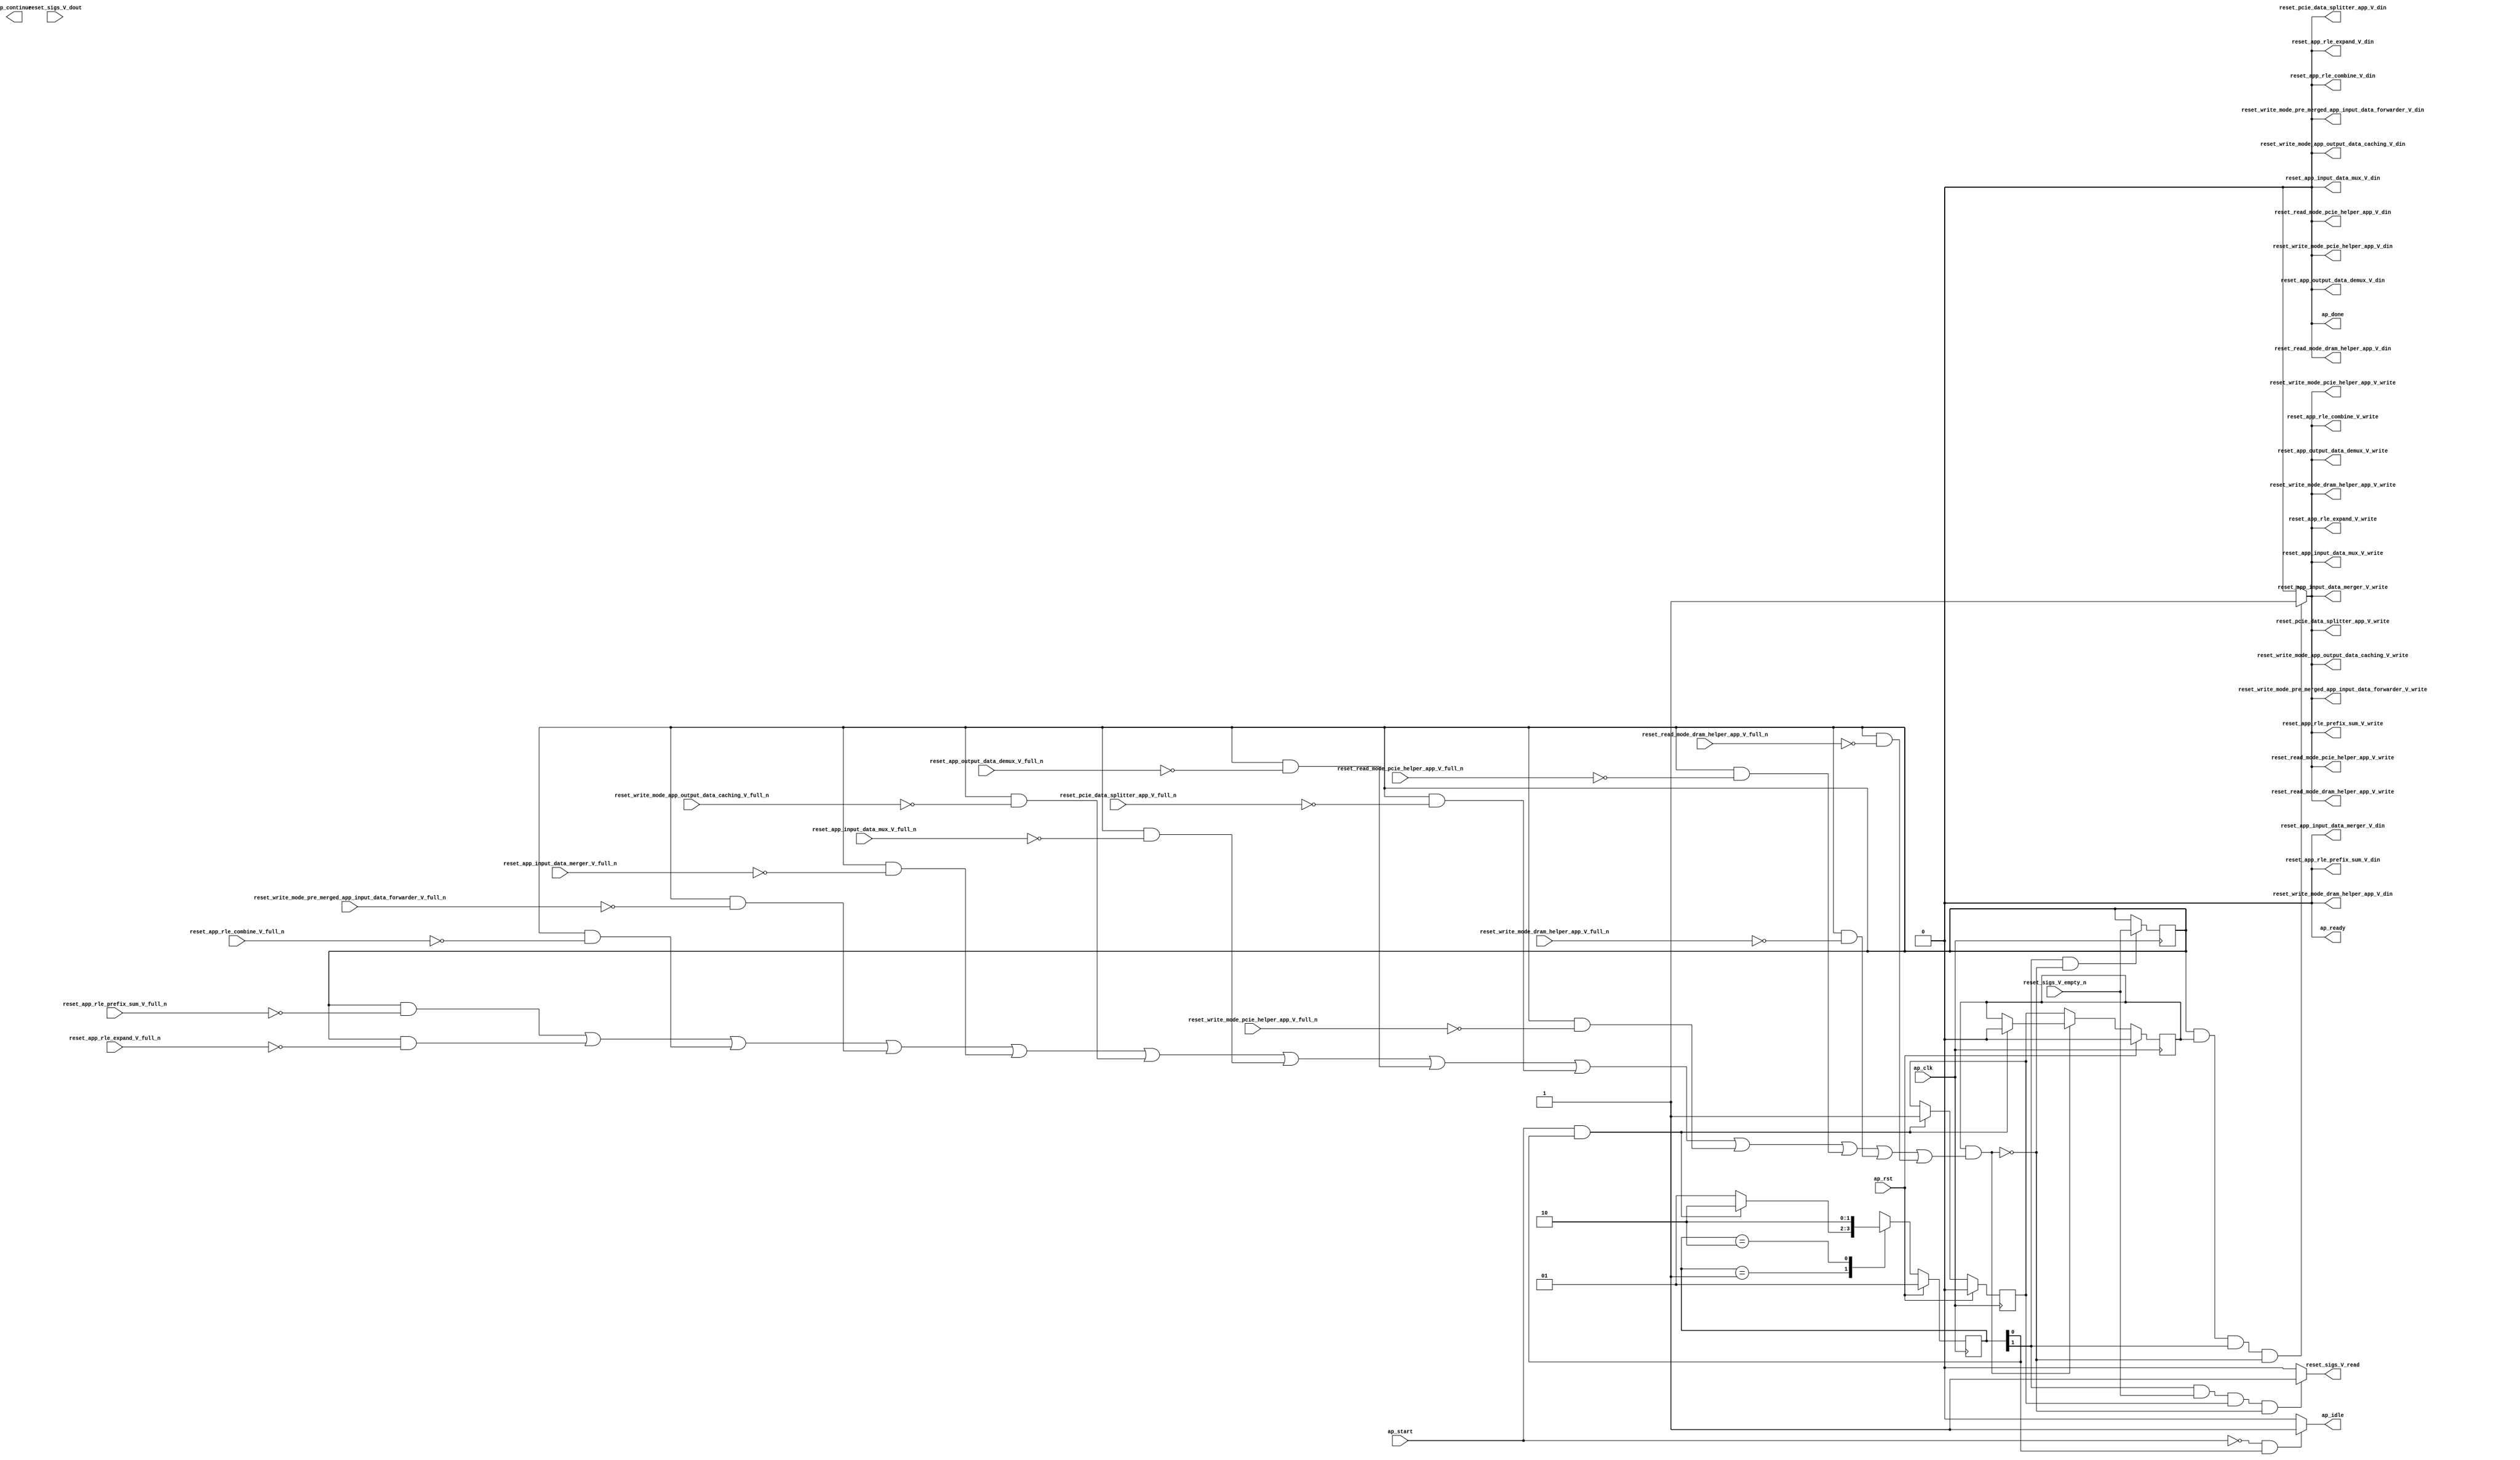
// This program was cloned from: https://github.com/zainryan/INSIDER-System
// License: MIT License

// ==============================================================
// RTL generated by Vivado(TM) HLS - High-Level Synthesis from C, C++ and SystemC
// Version: 2017.4.op
// Copyright (C) 1986-2018 Xilinx, Inc. All Rights Reserved.
// 
// ===========================================================

`timescale 1 ns / 1 ps 

(* CORE_GENERATION_INFO="reset_propaganda,hls_ip_2017_4_op,{HLS_INPUT_TYPE=cxx,HLS_INPUT_FLOAT=0,HLS_INPUT_FIXED=0,HLS_INPUT_PART=xcvu9p-flgb2104-2-i,HLS_INPUT_CLOCK=4.000000,HLS_INPUT_ARCH=others,HLS_SYN_CLOCK=1.458000,HLS_SYN_LAT=-1,HLS_SYN_TPT=none,HLS_SYN_MEM=0,HLS_SYN_DSP=0,HLS_SYN_FF=5,HLS_SYN_LUT=168}" *)

module reset_propaganda (
        ap_clk,
        ap_rst,
        ap_start,
        ap_done,
ap_continue,
        ap_idle,
        ap_ready,
        reset_app_rle_combine_V_din,
        reset_app_rle_combine_V_full_n,
        reset_app_rle_combine_V_write,
        reset_app_rle_expand_V_din,
        reset_app_rle_expand_V_full_n,
        reset_app_rle_expand_V_write,
        reset_app_rle_prefix_sum_V_din,
        reset_app_rle_prefix_sum_V_full_n,
        reset_app_rle_prefix_sum_V_write,
        reset_sigs_V_dout,
        reset_sigs_V_empty_n,
        reset_sigs_V_read,
        reset_read_mode_dram_helper_app_V_din,
        reset_read_mode_dram_helper_app_V_full_n,
        reset_read_mode_dram_helper_app_V_write,
        reset_write_mode_dram_helper_app_V_din,
        reset_write_mode_dram_helper_app_V_full_n,
        reset_write_mode_dram_helper_app_V_write,
        reset_read_mode_pcie_helper_app_V_din,
        reset_read_mode_pcie_helper_app_V_full_n,
        reset_read_mode_pcie_helper_app_V_write,
        reset_write_mode_pcie_helper_app_V_din,
        reset_write_mode_pcie_helper_app_V_full_n,
        reset_write_mode_pcie_helper_app_V_write,
        reset_pcie_data_splitter_app_V_din,
        reset_pcie_data_splitter_app_V_full_n,
        reset_pcie_data_splitter_app_V_write,
        reset_app_output_data_demux_V_din,
        reset_app_output_data_demux_V_full_n,
        reset_app_output_data_demux_V_write,
        reset_app_input_data_mux_V_din,
        reset_app_input_data_mux_V_full_n,
        reset_app_input_data_mux_V_write,
        reset_write_mode_app_output_data_caching_V_din,
        reset_write_mode_app_output_data_caching_V_full_n,
        reset_write_mode_app_output_data_caching_V_write,
        reset_app_input_data_merger_V_din,
        reset_app_input_data_merger_V_full_n,
        reset_app_input_data_merger_V_write,
        reset_write_mode_pre_merged_app_input_data_forwarder_V_din,
        reset_write_mode_pre_merged_app_input_data_forwarder_V_full_n,
        reset_write_mode_pre_merged_app_input_data_forwarder_V_write
);

parameter    ap_ST_fsm_state1 = 2'd1;
parameter    ap_ST_fsm_pp0_stage0 = 2'd2;

input   ap_clk;
input   ap_rst;
input   ap_start;
output   ap_done;
output   ap_idle;
output ap_ready; output ap_continue;
output   reset_app_rle_combine_V_din;
input   reset_app_rle_combine_V_full_n;
output   reset_app_rle_combine_V_write;
output   reset_app_rle_expand_V_din;
input   reset_app_rle_expand_V_full_n;
output   reset_app_rle_expand_V_write;
output   reset_app_rle_prefix_sum_V_din;
input   reset_app_rle_prefix_sum_V_full_n;
output   reset_app_rle_prefix_sum_V_write;
input   reset_sigs_V_dout;
input   reset_sigs_V_empty_n;
output   reset_sigs_V_read;
output   reset_read_mode_dram_helper_app_V_din;
input   reset_read_mode_dram_helper_app_V_full_n;
output   reset_read_mode_dram_helper_app_V_write;
output   reset_write_mode_dram_helper_app_V_din;
input   reset_write_mode_dram_helper_app_V_full_n;
output   reset_write_mode_dram_helper_app_V_write;
output   reset_read_mode_pcie_helper_app_V_din;
input   reset_read_mode_pcie_helper_app_V_full_n;
output   reset_read_mode_pcie_helper_app_V_write;
output   reset_write_mode_pcie_helper_app_V_din;
input   reset_write_mode_pcie_helper_app_V_full_n;
output   reset_write_mode_pcie_helper_app_V_write;
output   reset_pcie_data_splitter_app_V_din;
input   reset_pcie_data_splitter_app_V_full_n;
output   reset_pcie_data_splitter_app_V_write;
output   reset_app_output_data_demux_V_din;
input   reset_app_output_data_demux_V_full_n;
output   reset_app_output_data_demux_V_write;
output   reset_app_input_data_mux_V_din;
input   reset_app_input_data_mux_V_full_n;
output   reset_app_input_data_mux_V_write;
output   reset_write_mode_app_output_data_caching_V_din;
input   reset_write_mode_app_output_data_caching_V_full_n;
output   reset_write_mode_app_output_data_caching_V_write;
output   reset_app_input_data_merger_V_din;
input   reset_app_input_data_merger_V_full_n;
output   reset_app_input_data_merger_V_write;
output   reset_write_mode_pre_merged_app_input_data_forwarder_V_din;
input   reset_write_mode_pre_merged_app_input_data_forwarder_V_full_n;
output   reset_write_mode_pre_merged_app_input_data_forwarder_V_write;

reg ap_idle;
reg reset_app_rle_combine_V_write;
reg reset_app_rle_expand_V_write;
reg reset_app_rle_prefix_sum_V_write;
reg reset_sigs_V_read;
reg reset_read_mode_dram_helper_app_V_write;
reg reset_write_mode_dram_helper_app_V_write;
reg reset_read_mode_pcie_helper_app_V_write;
reg reset_write_mode_pcie_helper_app_V_write;
reg reset_pcie_data_splitter_app_V_write;
reg reset_app_output_data_demux_V_write;
reg reset_app_input_data_mux_V_write;
reg reset_write_mode_app_output_data_caching_V_write;
reg reset_app_input_data_merger_V_write;
reg reset_write_mode_pre_merged_app_input_data_forwarder_V_write;

(* fsm_encoding = "none" *) reg   [1:0] ap_CS_fsm;
wire    ap_CS_fsm_state1;
reg    reset_app_rle_combine_V_blk_n;
wire    ap_CS_fsm_pp0_stage0;
reg    ap_enable_reg_pp0_iter1;
wire    ap_block_pp0_stage0;
reg   [0:0] empty_n_reg_346;
reg    reset_app_rle_expand_V_blk_n;
reg    reset_app_rle_prefix_sum_V_blk_n;
reg    reset_read_mode_dram_helper_app_V_blk_n;
reg    reset_write_mode_dram_helper_app_V_blk_n;
reg    reset_read_mode_pcie_helper_app_V_blk_n;
reg    reset_write_mode_pcie_helper_app_V_blk_n;
reg    reset_pcie_data_splitter_app_V_blk_n;
reg    reset_app_output_data_demux_V_blk_n;
reg    reset_app_input_data_mux_V_blk_n;
reg    reset_write_mode_app_output_data_caching_V_blk_n;
reg    reset_app_input_data_merger_V_blk_n;
reg    reset_write_mode_pre_merged_app_input_data_forwarder_V_blk_n;
wire    ap_block_state2_pp0_stage0_iter0;
reg    ap_block_state3_pp0_stage0_iter1;
reg    ap_block_pp0_stage0_11001;
reg    ap_enable_reg_pp0_iter0;
reg    ap_block_pp0_stage0_subdone;
reg    ap_block_pp0_stage0_01001;
reg   [1:0] ap_NS_fsm;
reg    ap_idle_pp0;
wire    ap_enable_pp0;

// power-on initialization
initial begin
#0 ap_CS_fsm = 2'd1;
#0 ap_enable_reg_pp0_iter1 = 1'b0;
#0 ap_enable_reg_pp0_iter0 = 1'b0;
end

always @ (posedge ap_clk) begin
    if (ap_rst == 1'b1) begin
        ap_CS_fsm <= ap_ST_fsm_state1;
    end else begin
        ap_CS_fsm <= ap_NS_fsm;
    end
end

always @ (posedge ap_clk) begin
    if (ap_rst == 1'b1) begin
        ap_enable_reg_pp0_iter0 <= 1'b0;
    end else begin
        if (((ap_start == 1'b1) & (1'b1 == ap_CS_fsm_state1))) begin
            ap_enable_reg_pp0_iter0 <= 1'b1;
        end
    end
end

always @ (posedge ap_clk) begin
    if (ap_rst == 1'b1) begin
        ap_enable_reg_pp0_iter1 <= 1'b0;
    end else begin
        if ((1'b0 == ap_block_pp0_stage0_subdone)) begin
            ap_enable_reg_pp0_iter1 <= ap_enable_reg_pp0_iter0;
        end else if (((ap_start == 1'b1) & (1'b1 == ap_CS_fsm_state1))) begin
            ap_enable_reg_pp0_iter1 <= 1'b0;
        end
    end
end

always @ (posedge ap_clk) begin
    if (((1'b1 == ap_CS_fsm_pp0_stage0) & (1'b0 == ap_block_pp0_stage0_11001))) begin
        empty_n_reg_346 <= reset_sigs_V_empty_n;
    end
end

always @ (*) begin
    if (((ap_start == 1'b0) & (1'b1 == ap_CS_fsm_state1))) begin
        ap_idle = 1'b1;
    end else begin
        ap_idle = 1'b0;
    end
end

always @ (*) begin
    if (((ap_enable_reg_pp0_iter1 == 1'b0) & (ap_enable_reg_pp0_iter0 == 1'b0))) begin
        ap_idle_pp0 = 1'b1;
    end else begin
        ap_idle_pp0 = 1'b0;
    end
end

always @ (*) begin
    if (((empty_n_reg_346 == 1'd1) & (1'b0 == ap_block_pp0_stage0) & (ap_enable_reg_pp0_iter1 == 1'b1) & (1'b1 == ap_CS_fsm_pp0_stage0))) begin
        reset_app_input_data_merger_V_blk_n = reset_app_input_data_merger_V_full_n;
    end else begin
        reset_app_input_data_merger_V_blk_n = 1'b1;
    end
end

always @ (*) begin
    if (((empty_n_reg_346 == 1'd1) & (ap_enable_reg_pp0_iter1 == 1'b1) & (1'b1 == ap_CS_fsm_pp0_stage0) & (1'b0 == ap_block_pp0_stage0_11001))) begin
        reset_app_input_data_merger_V_write = 1'b1;
    end else begin
        reset_app_input_data_merger_V_write = 1'b0;
    end
end

always @ (*) begin
    if (((empty_n_reg_346 == 1'd1) & (1'b0 == ap_block_pp0_stage0) & (ap_enable_reg_pp0_iter1 == 1'b1) & (1'b1 == ap_CS_fsm_pp0_stage0))) begin
        reset_app_input_data_mux_V_blk_n = reset_app_input_data_mux_V_full_n;
    end else begin
        reset_app_input_data_mux_V_blk_n = 1'b1;
    end
end

always @ (*) begin
    if (((empty_n_reg_346 == 1'd1) & (ap_enable_reg_pp0_iter1 == 1'b1) & (1'b1 == ap_CS_fsm_pp0_stage0) & (1'b0 == ap_block_pp0_stage0_11001))) begin
        reset_app_input_data_mux_V_write = 1'b1;
    end else begin
        reset_app_input_data_mux_V_write = 1'b0;
    end
end

always @ (*) begin
    if (((empty_n_reg_346 == 1'd1) & (1'b0 == ap_block_pp0_stage0) & (ap_enable_reg_pp0_iter1 == 1'b1) & (1'b1 == ap_CS_fsm_pp0_stage0))) begin
        reset_app_output_data_demux_V_blk_n = reset_app_output_data_demux_V_full_n;
    end else begin
        reset_app_output_data_demux_V_blk_n = 1'b1;
    end
end

always @ (*) begin
    if (((empty_n_reg_346 == 1'd1) & (ap_enable_reg_pp0_iter1 == 1'b1) & (1'b1 == ap_CS_fsm_pp0_stage0) & (1'b0 == ap_block_pp0_stage0_11001))) begin
        reset_app_output_data_demux_V_write = 1'b1;
    end else begin
        reset_app_output_data_demux_V_write = 1'b0;
    end
end

always @ (*) begin
    if (((empty_n_reg_346 == 1'd1) & (1'b0 == ap_block_pp0_stage0) & (ap_enable_reg_pp0_iter1 == 1'b1) & (1'b1 == ap_CS_fsm_pp0_stage0))) begin
        reset_app_rle_combine_V_blk_n = reset_app_rle_combine_V_full_n;
    end else begin
        reset_app_rle_combine_V_blk_n = 1'b1;
    end
end

always @ (*) begin
    if (((empty_n_reg_346 == 1'd1) & (ap_enable_reg_pp0_iter1 == 1'b1) & (1'b1 == ap_CS_fsm_pp0_stage0) & (1'b0 == ap_block_pp0_stage0_11001))) begin
        reset_app_rle_combine_V_write = 1'b1;
    end else begin
        reset_app_rle_combine_V_write = 1'b0;
    end
end

always @ (*) begin
    if (((empty_n_reg_346 == 1'd1) & (1'b0 == ap_block_pp0_stage0) & (ap_enable_reg_pp0_iter1 == 1'b1) & (1'b1 == ap_CS_fsm_pp0_stage0))) begin
        reset_app_rle_expand_V_blk_n = reset_app_rle_expand_V_full_n;
    end else begin
        reset_app_rle_expand_V_blk_n = 1'b1;
    end
end

always @ (*) begin
    if (((empty_n_reg_346 == 1'd1) & (ap_enable_reg_pp0_iter1 == 1'b1) & (1'b1 == ap_CS_fsm_pp0_stage0) & (1'b0 == ap_block_pp0_stage0_11001))) begin
        reset_app_rle_expand_V_write = 1'b1;
    end else begin
        reset_app_rle_expand_V_write = 1'b0;
    end
end

always @ (*) begin
    if (((empty_n_reg_346 == 1'd1) & (1'b0 == ap_block_pp0_stage0) & (ap_enable_reg_pp0_iter1 == 1'b1) & (1'b1 == ap_CS_fsm_pp0_stage0))) begin
        reset_app_rle_prefix_sum_V_blk_n = reset_app_rle_prefix_sum_V_full_n;
    end else begin
        reset_app_rle_prefix_sum_V_blk_n = 1'b1;
    end
end

always @ (*) begin
    if (((empty_n_reg_346 == 1'd1) & (ap_enable_reg_pp0_iter1 == 1'b1) & (1'b1 == ap_CS_fsm_pp0_stage0) & (1'b0 == ap_block_pp0_stage0_11001))) begin
        reset_app_rle_prefix_sum_V_write = 1'b1;
    end else begin
        reset_app_rle_prefix_sum_V_write = 1'b0;
    end
end

always @ (*) begin
    if (((empty_n_reg_346 == 1'd1) & (1'b0 == ap_block_pp0_stage0) & (ap_enable_reg_pp0_iter1 == 1'b1) & (1'b1 == ap_CS_fsm_pp0_stage0))) begin
        reset_pcie_data_splitter_app_V_blk_n = reset_pcie_data_splitter_app_V_full_n;
    end else begin
        reset_pcie_data_splitter_app_V_blk_n = 1'b1;
    end
end

always @ (*) begin
    if (((empty_n_reg_346 == 1'd1) & (ap_enable_reg_pp0_iter1 == 1'b1) & (1'b1 == ap_CS_fsm_pp0_stage0) & (1'b0 == ap_block_pp0_stage0_11001))) begin
        reset_pcie_data_splitter_app_V_write = 1'b1;
    end else begin
        reset_pcie_data_splitter_app_V_write = 1'b0;
    end
end

always @ (*) begin
    if (((empty_n_reg_346 == 1'd1) & (1'b0 == ap_block_pp0_stage0) & (ap_enable_reg_pp0_iter1 == 1'b1) & (1'b1 == ap_CS_fsm_pp0_stage0))) begin
        reset_read_mode_dram_helper_app_V_blk_n = reset_read_mode_dram_helper_app_V_full_n;
    end else begin
        reset_read_mode_dram_helper_app_V_blk_n = 1'b1;
    end
end

always @ (*) begin
    if (((empty_n_reg_346 == 1'd1) & (ap_enable_reg_pp0_iter1 == 1'b1) & (1'b1 == ap_CS_fsm_pp0_stage0) & (1'b0 == ap_block_pp0_stage0_11001))) begin
        reset_read_mode_dram_helper_app_V_write = 1'b1;
    end else begin
        reset_read_mode_dram_helper_app_V_write = 1'b0;
    end
end

always @ (*) begin
    if (((empty_n_reg_346 == 1'd1) & (1'b0 == ap_block_pp0_stage0) & (ap_enable_reg_pp0_iter1 == 1'b1) & (1'b1 == ap_CS_fsm_pp0_stage0))) begin
        reset_read_mode_pcie_helper_app_V_blk_n = reset_read_mode_pcie_helper_app_V_full_n;
    end else begin
        reset_read_mode_pcie_helper_app_V_blk_n = 1'b1;
    end
end

always @ (*) begin
    if (((empty_n_reg_346 == 1'd1) & (ap_enable_reg_pp0_iter1 == 1'b1) & (1'b1 == ap_CS_fsm_pp0_stage0) & (1'b0 == ap_block_pp0_stage0_11001))) begin
        reset_read_mode_pcie_helper_app_V_write = 1'b1;
    end else begin
        reset_read_mode_pcie_helper_app_V_write = 1'b0;
    end
end

always @ (*) begin
    if (((1'b1 == ap_CS_fsm_pp0_stage0) & (reset_sigs_V_empty_n == 1'b1) & (ap_enable_reg_pp0_iter0 == 1'b1) & (1'b0 == ap_block_pp0_stage0_11001))) begin
        reset_sigs_V_read = 1'b1;
    end else begin
        reset_sigs_V_read = 1'b0;
    end
end

always @ (*) begin
    if (((empty_n_reg_346 == 1'd1) & (1'b0 == ap_block_pp0_stage0) & (ap_enable_reg_pp0_iter1 == 1'b1) & (1'b1 == ap_CS_fsm_pp0_stage0))) begin
        reset_write_mode_app_output_data_caching_V_blk_n = reset_write_mode_app_output_data_caching_V_full_n;
    end else begin
        reset_write_mode_app_output_data_caching_V_blk_n = 1'b1;
    end
end

always @ (*) begin
    if (((empty_n_reg_346 == 1'd1) & (ap_enable_reg_pp0_iter1 == 1'b1) & (1'b1 == ap_CS_fsm_pp0_stage0) & (1'b0 == ap_block_pp0_stage0_11001))) begin
        reset_write_mode_app_output_data_caching_V_write = 1'b1;
    end else begin
        reset_write_mode_app_output_data_caching_V_write = 1'b0;
    end
end

always @ (*) begin
    if (((empty_n_reg_346 == 1'd1) & (1'b0 == ap_block_pp0_stage0) & (ap_enable_reg_pp0_iter1 == 1'b1) & (1'b1 == ap_CS_fsm_pp0_stage0))) begin
        reset_write_mode_dram_helper_app_V_blk_n = reset_write_mode_dram_helper_app_V_full_n;
    end else begin
        reset_write_mode_dram_helper_app_V_blk_n = 1'b1;
    end
end

always @ (*) begin
    if (((empty_n_reg_346 == 1'd1) & (ap_enable_reg_pp0_iter1 == 1'b1) & (1'b1 == ap_CS_fsm_pp0_stage0) & (1'b0 == ap_block_pp0_stage0_11001))) begin
        reset_write_mode_dram_helper_app_V_write = 1'b1;
    end else begin
        reset_write_mode_dram_helper_app_V_write = 1'b0;
    end
end

always @ (*) begin
    if (((empty_n_reg_346 == 1'd1) & (1'b0 == ap_block_pp0_stage0) & (ap_enable_reg_pp0_iter1 == 1'b1) & (1'b1 == ap_CS_fsm_pp0_stage0))) begin
        reset_write_mode_pcie_helper_app_V_blk_n = reset_write_mode_pcie_helper_app_V_full_n;
    end else begin
        reset_write_mode_pcie_helper_app_V_blk_n = 1'b1;
    end
end

always @ (*) begin
    if (((empty_n_reg_346 == 1'd1) & (ap_enable_reg_pp0_iter1 == 1'b1) & (1'b1 == ap_CS_fsm_pp0_stage0) & (1'b0 == ap_block_pp0_stage0_11001))) begin
        reset_write_mode_pcie_helper_app_V_write = 1'b1;
    end else begin
        reset_write_mode_pcie_helper_app_V_write = 1'b0;
    end
end

always @ (*) begin
    if (((empty_n_reg_346 == 1'd1) & (1'b0 == ap_block_pp0_stage0) & (ap_enable_reg_pp0_iter1 == 1'b1) & (1'b1 == ap_CS_fsm_pp0_stage0))) begin
        reset_write_mode_pre_merged_app_input_data_forwarder_V_blk_n = reset_write_mode_pre_merged_app_input_data_forwarder_V_full_n;
    end else begin
        reset_write_mode_pre_merged_app_input_data_forwarder_V_blk_n = 1'b1;
    end
end

always @ (*) begin
    if (((empty_n_reg_346 == 1'd1) & (ap_enable_reg_pp0_iter1 == 1'b1) & (1'b1 == ap_CS_fsm_pp0_stage0) & (1'b0 == ap_block_pp0_stage0_11001))) begin
        reset_write_mode_pre_merged_app_input_data_forwarder_V_write = 1'b1;
    end else begin
        reset_write_mode_pre_merged_app_input_data_forwarder_V_write = 1'b0;
    end
end

always @ (*) begin
    case (ap_CS_fsm)
        ap_ST_fsm_state1 : begin
            if (((ap_start == 1'b1) & (1'b1 == ap_CS_fsm_state1))) begin
                ap_NS_fsm = ap_ST_fsm_pp0_stage0;
            end else begin
                ap_NS_fsm = ap_ST_fsm_state1;
            end
        end
        ap_ST_fsm_pp0_stage0 : begin
            ap_NS_fsm = ap_ST_fsm_pp0_stage0;
        end
        default : begin
            ap_NS_fsm = 'bx;
        end
    endcase
end

assign ap_CS_fsm_pp0_stage0 = ap_CS_fsm[32'd1];

assign ap_CS_fsm_state1 = ap_CS_fsm[32'd0];

assign ap_block_pp0_stage0 = ~(1'b1 == 1'b1);

always @ (*) begin
    ap_block_pp0_stage0_01001 = ((ap_enable_reg_pp0_iter1 == 1'b1) & (((empty_n_reg_346 == 1'd1) & (reset_app_rle_prefix_sum_V_full_n == 1'b0)) | ((empty_n_reg_346 == 1'd1) & (reset_app_rle_expand_V_full_n == 1'b0)) | ((empty_n_reg_346 == 1'd1) & (reset_app_rle_combine_V_full_n == 1'b0)) | ((empty_n_reg_346 == 1'd1) & (reset_write_mode_pre_merged_app_input_data_forwarder_V_full_n == 1'b0)) | ((empty_n_reg_346 == 1'd1) & (reset_app_input_data_merger_V_full_n == 1'b0)) | ((empty_n_reg_346 == 1'd1) & (reset_write_mode_app_output_data_caching_V_full_n == 1'b0)) | ((empty_n_reg_346 == 1'd1) & (reset_app_input_data_mux_V_full_n == 1'b0)) | ((empty_n_reg_346 == 1'd1) & (reset_app_output_data_demux_V_full_n == 1'b0)) | ((empty_n_reg_346 == 1'd1) & (reset_pcie_data_splitter_app_V_full_n == 1'b0)) | ((empty_n_reg_346 == 1'd1) & (reset_write_mode_pcie_helper_app_V_full_n == 1'b0)) | ((empty_n_reg_346 == 1'd1) & (reset_read_mode_pcie_helper_app_V_full_n == 1'b0)) | ((empty_n_reg_346 == 1'd1) & (reset_write_mode_dram_helper_app_V_full_n == 1'b0)) | ((empty_n_reg_346 == 1'd1) & (reset_read_mode_dram_helper_app_V_full_n == 1'b0))));
end

always @ (*) begin
    ap_block_pp0_stage0_11001 = ((ap_enable_reg_pp0_iter1 == 1'b1) & (((empty_n_reg_346 == 1'd1) & (reset_app_rle_prefix_sum_V_full_n == 1'b0)) | ((empty_n_reg_346 == 1'd1) & (reset_app_rle_expand_V_full_n == 1'b0)) | ((empty_n_reg_346 == 1'd1) & (reset_app_rle_combine_V_full_n == 1'b0)) | ((empty_n_reg_346 == 1'd1) & (reset_write_mode_pre_merged_app_input_data_forwarder_V_full_n == 1'b0)) | ((empty_n_reg_346 == 1'd1) & (reset_app_input_data_merger_V_full_n == 1'b0)) | ((empty_n_reg_346 == 1'd1) & (reset_write_mode_app_output_data_caching_V_full_n == 1'b0)) | ((empty_n_reg_346 == 1'd1) & (reset_app_input_data_mux_V_full_n == 1'b0)) | ((empty_n_reg_346 == 1'd1) & (reset_app_output_data_demux_V_full_n == 1'b0)) | ((empty_n_reg_346 == 1'd1) & (reset_pcie_data_splitter_app_V_full_n == 1'b0)) | ((empty_n_reg_346 == 1'd1) & (reset_write_mode_pcie_helper_app_V_full_n == 1'b0)) | ((empty_n_reg_346 == 1'd1) & (reset_read_mode_pcie_helper_app_V_full_n == 1'b0)) | ((empty_n_reg_346 == 1'd1) & (reset_write_mode_dram_helper_app_V_full_n == 1'b0)) | ((empty_n_reg_346 == 1'd1) & (reset_read_mode_dram_helper_app_V_full_n == 1'b0))));
end

always @ (*) begin
    ap_block_pp0_stage0_subdone = ((ap_enable_reg_pp0_iter1 == 1'b1) & (((empty_n_reg_346 == 1'd1) & (reset_app_rle_prefix_sum_V_full_n == 1'b0)) | ((empty_n_reg_346 == 1'd1) & (reset_app_rle_expand_V_full_n == 1'b0)) | ((empty_n_reg_346 == 1'd1) & (reset_app_rle_combine_V_full_n == 1'b0)) | ((empty_n_reg_346 == 1'd1) & (reset_write_mode_pre_merged_app_input_data_forwarder_V_full_n == 1'b0)) | ((empty_n_reg_346 == 1'd1) & (reset_app_input_data_merger_V_full_n == 1'b0)) | ((empty_n_reg_346 == 1'd1) & (reset_write_mode_app_output_data_caching_V_full_n == 1'b0)) | ((empty_n_reg_346 == 1'd1) & (reset_app_input_data_mux_V_full_n == 1'b0)) | ((empty_n_reg_346 == 1'd1) & (reset_app_output_data_demux_V_full_n == 1'b0)) | ((empty_n_reg_346 == 1'd1) & (reset_pcie_data_splitter_app_V_full_n == 1'b0)) | ((empty_n_reg_346 == 1'd1) & (reset_write_mode_pcie_helper_app_V_full_n == 1'b0)) | ((empty_n_reg_346 == 1'd1) & (reset_read_mode_pcie_helper_app_V_full_n == 1'b0)) | ((empty_n_reg_346 == 1'd1) & (reset_write_mode_dram_helper_app_V_full_n == 1'b0)) | ((empty_n_reg_346 == 1'd1) & (reset_read_mode_dram_helper_app_V_full_n == 1'b0))));
end

assign ap_block_state2_pp0_stage0_iter0 = ~(1'b1 == 1'b1);

always @ (*) begin
    ap_block_state3_pp0_stage0_iter1 = (((empty_n_reg_346 == 1'd1) & (reset_app_rle_prefix_sum_V_full_n == 1'b0)) | ((empty_n_reg_346 == 1'd1) & (reset_app_rle_expand_V_full_n == 1'b0)) | ((empty_n_reg_346 == 1'd1) & (reset_app_rle_combine_V_full_n == 1'b0)) | ((empty_n_reg_346 == 1'd1) & (reset_write_mode_pre_merged_app_input_data_forwarder_V_full_n == 1'b0)) | ((empty_n_reg_346 == 1'd1) & (reset_app_input_data_merger_V_full_n == 1'b0)) | ((empty_n_reg_346 == 1'd1) & (reset_write_mode_app_output_data_caching_V_full_n == 1'b0)) | ((empty_n_reg_346 == 1'd1) & (reset_app_input_data_mux_V_full_n == 1'b0)) | ((empty_n_reg_346 == 1'd1) & (reset_app_output_data_demux_V_full_n == 1'b0)) | ((empty_n_reg_346 == 1'd1) & (reset_pcie_data_splitter_app_V_full_n == 1'b0)) | ((empty_n_reg_346 == 1'd1) & (reset_write_mode_pcie_helper_app_V_full_n == 1'b0)) | ((empty_n_reg_346 == 1'd1) & (reset_read_mode_pcie_helper_app_V_full_n == 1'b0)) | ((empty_n_reg_346 == 1'd1) & (reset_write_mode_dram_helper_app_V_full_n == 1'b0)) | ((empty_n_reg_346 == 1'd1) & (reset_read_mode_dram_helper_app_V_full_n == 1'b0)));
end

assign ap_done = 1'b0;

assign ap_enable_pp0 = (ap_idle_pp0 ^ 1'b1);

assign ap_ready = 1'b0;

assign reset_app_input_data_merger_V_din = 1'd0;

assign reset_app_input_data_mux_V_din = 1'd0;

assign reset_app_output_data_demux_V_din = 1'd0;

assign reset_app_rle_combine_V_din = 1'd0;

assign reset_app_rle_expand_V_din = 1'd0;

assign reset_app_rle_prefix_sum_V_din = 1'd0;

assign reset_pcie_data_splitter_app_V_din = 1'd0;

assign reset_read_mode_dram_helper_app_V_din = 1'd0;

assign reset_read_mode_pcie_helper_app_V_din = 1'd0;

assign reset_write_mode_app_output_data_caching_V_din = 1'd0;

assign reset_write_mode_dram_helper_app_V_din = 1'd0;

assign reset_write_mode_pcie_helper_app_V_din = 1'd0;

assign reset_write_mode_pre_merged_app_input_data_forwarder_V_din = 1'd0;

endmodule //reset_propaganda